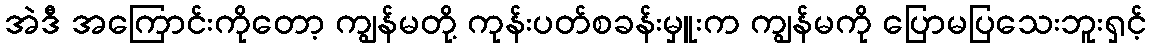
အဲဒီ အကြောင်းကိုတော့ ကျွန်မတို့ ကုန်းပတ်စခန်းမှူးက ကျွန်မကို ပြောမပြသေးဘူးရှင့်